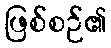
ဖြစ်စဉ်၏